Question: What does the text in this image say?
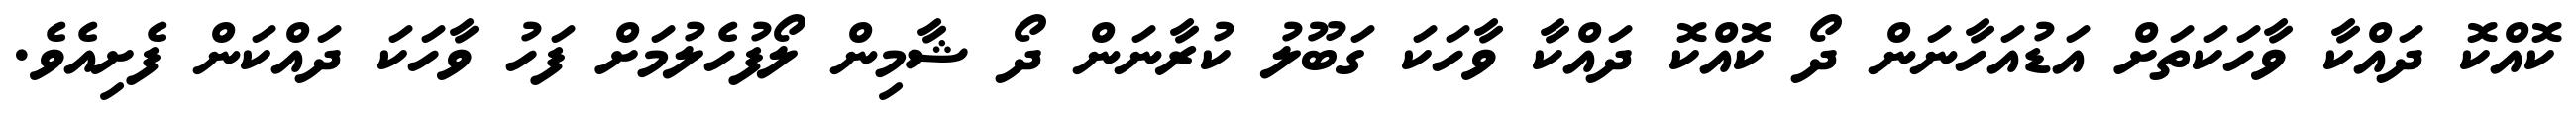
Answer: ކޮއްކޮ ދައްކާ ވާހަކަތަށް އަޑުއަހާނަން ދޯ ކޮއްކޮ ދައްކާ ވާހަކަ ގަބޫލު ކުރާނަން ދޯ ޝާމިން ލޯފުހެލުމަށް ފަހު ވާހަކަ ދައްކަން ފެށިއެވެ.